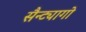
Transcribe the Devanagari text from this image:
सैन्ट्यागो